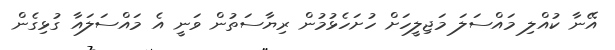
އޭނާ ކުއްލި މައްސަލަ މަޖިލީހަށް ހުށަހެޅުމުން ރިޔާސަތުން ވަނީ އެ މައްސަލައާ ގުޅިގެން